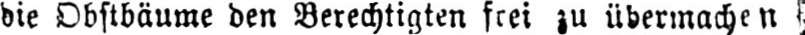
die Obstbäume den Berechtigten frei zu übermachen